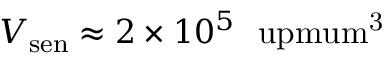
V _ { \mathrm { s e n } } \approx 2 \times 1 0 ^ { 5 } ~ \mathrm { \ u p m u m ^ { 3 } }